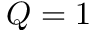
Q = 1